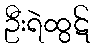
ဦးရဲထွဋ်